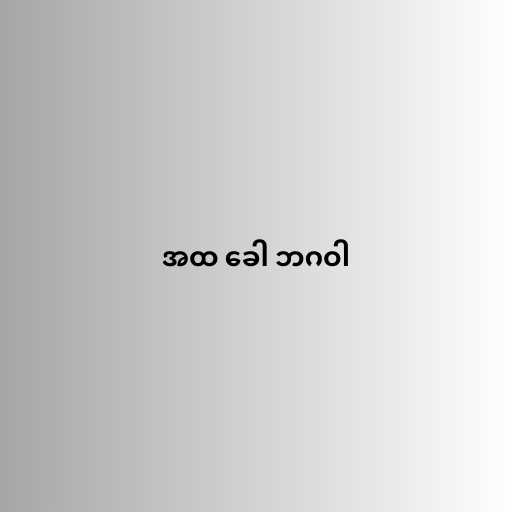
အထ ခေါ ဘဂဝါ